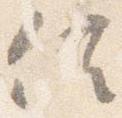
信